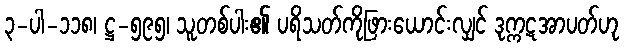
၃-ပါ-၁၁၈၊ ဋ္ဌ-၅၉၅၊ သူတစ်ပါး၏ ပရိသတ်ကိုဖြားယောင်းလျှင် ဒုက္ကဋအာပတ်ဟု